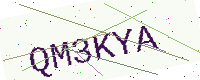
Text: QM3KYA